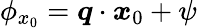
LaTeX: \phi_{x_{0}}=\boldsymbol{q}\cdot\boldsymbol{x}_{0}+\psi